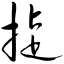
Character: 捷